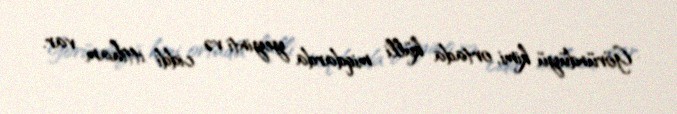
Göründüyü kimi, ortada külli miqdarda yeyinti və ciddi ittiham var.